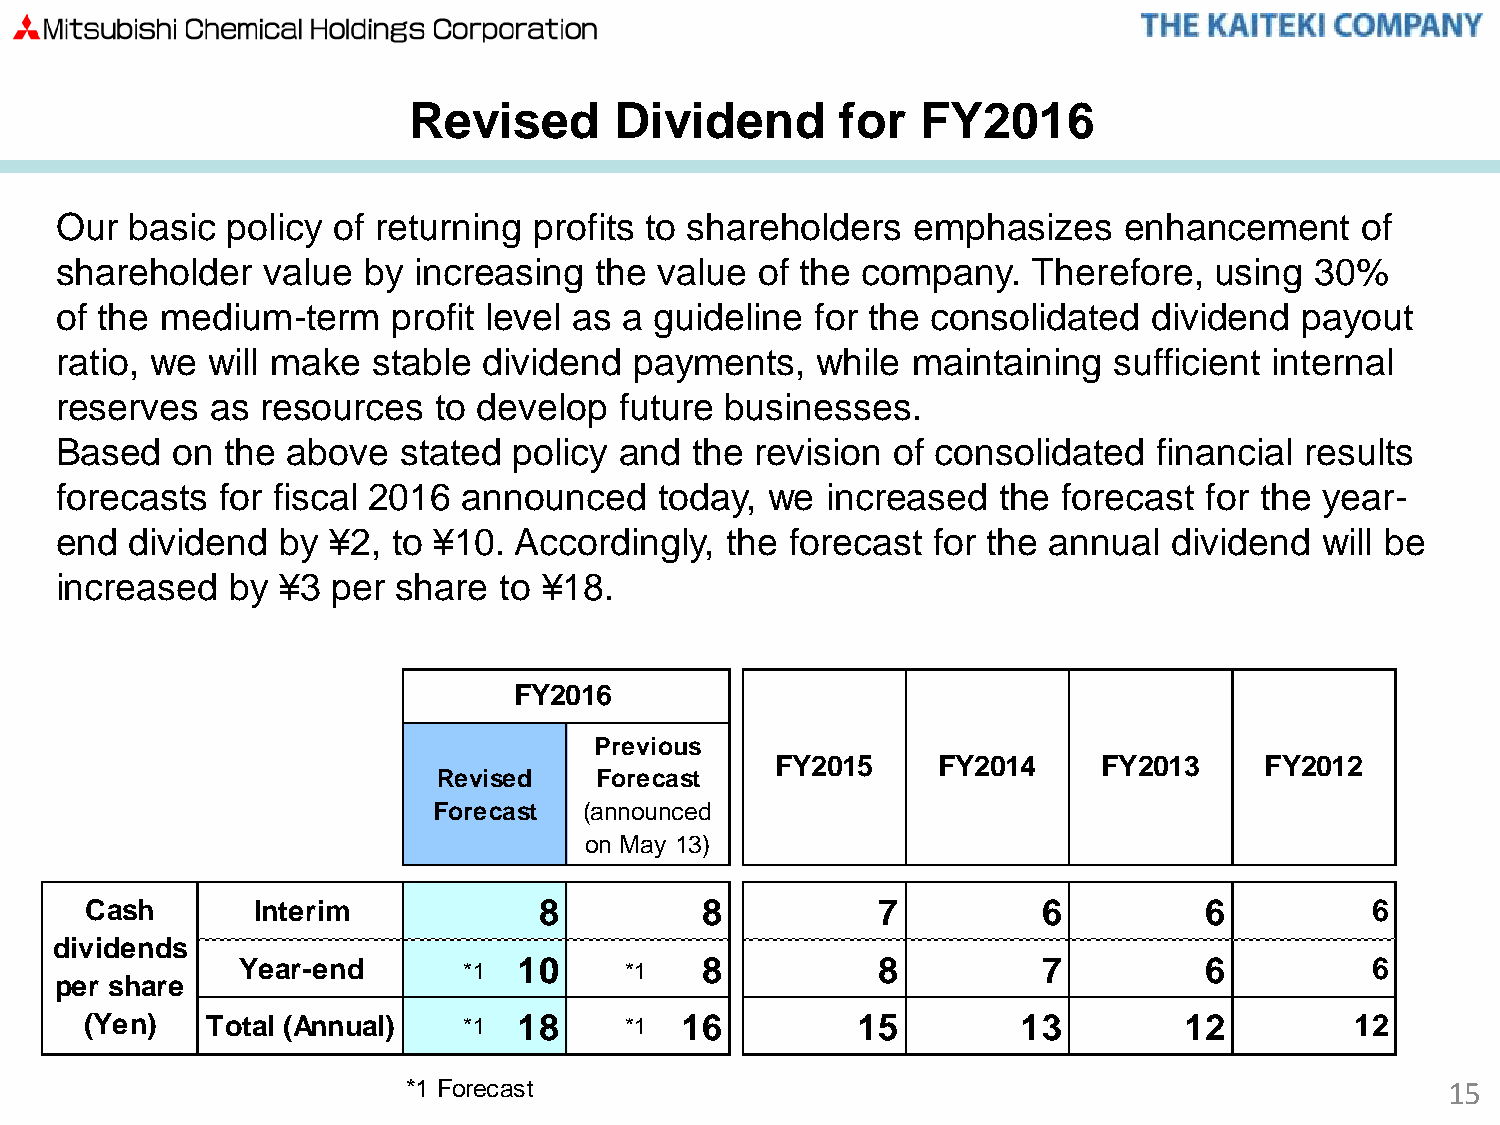
Revised       Dividend       for  FY2016
 Our  basic policy of returning profits to shareholders   emphasizes   enhancement     of
 shareholder   value by increasing  the  value of the company.   Therefore,  using  30%
 of the medium-term    profit level as a guideline for the consolidated  dividend  payout
 ratio, we will make  stable dividend  payments,   while maintaining   sufficient internal
 reserves  as resources   to develop  future businesses.
 Based  on  the above  stated  policy and  the revision of consolidated   financial results
 forecasts for fiscal 2016  announced    today, we  increased  the forecast  for the year-
 end  dividend by  ¥2, to ¥10. Accordingly,  the forecast  for the annual  dividend  will be
 increased  by ¥3  per share  to ¥18.
 FY2016
 Previous
 FY2015     FY2014     FY2013     FY2012
 Revised   Forecast
 Forecast  (announced
 on May 13)
 Cash       Interim            8         8           7          6          6          6
 dividends
 Year-end       *1 10     *1   8           8          7          6          6
 per share
 (Yen)   Total (Annual)   **11 18   *1  16          15         13        12          12
 *1 Forecast                                                          15